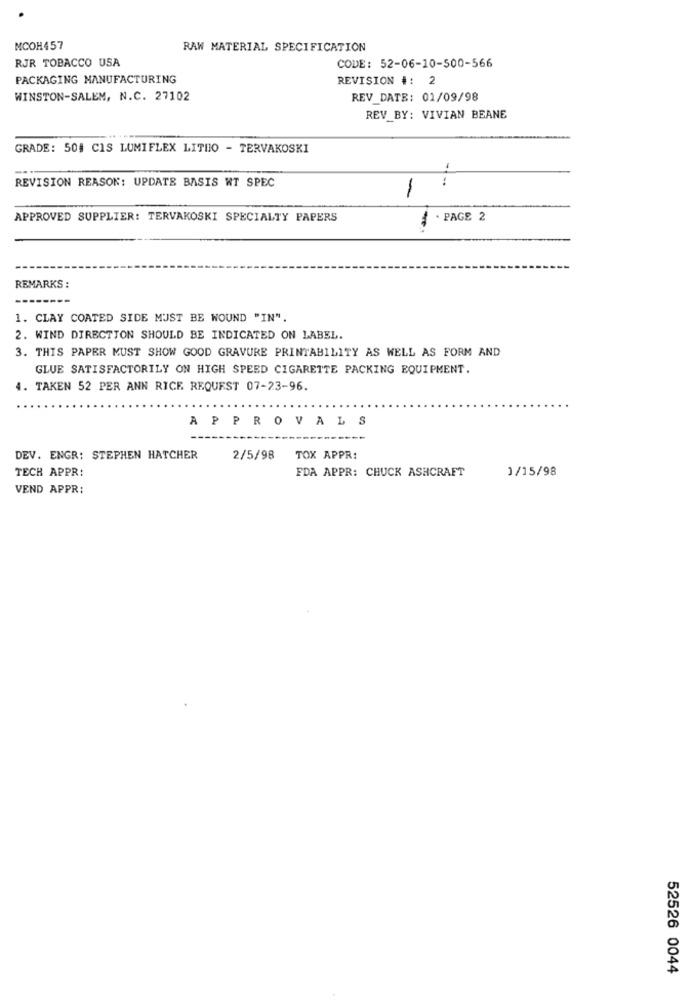
MCOH457
RAW MATERIAL SPECIFICATION
RJR TOBACCO USA
CODE: 52-06-10-500-566
PACKAGING MANUFACTURING
REVISION #: 2
WINSTON-SALEM, N.C. 27102
REV_DATE: 01/09/98
REV BY: VIVIAN BEANE
GRADE: 504 CIS LUMIFLEX LITHO - TERVAKOSKI
REVISION REASON: UPDATE BASIS WT SPEC
1
APPROVED SUPPLIER: TERVAKOSKI SPECIALTY PAPERS
. PAGE 2
REMARKS :
1. CLAY COATED SIDE MUST BE WOUND "IN".
2. WIND DIRECTION SHOULD BE INDICATED ON LABEL.
3. THIS PAPER MUST SHOW GOOD GRAVURE PRINTABILITY AS WELL AS FORM AND
GLUE SATISFACTORILY ON HIGH SPEED CIGARETTE PACKING EQUIPMENT.
4. TAKEN 52 PER ANN RICE REQUEST 07-23-96.
APPROVALS
DEV. ENGR: STEPHEN HATCHER
2/5/98
TOX APPR:
TECH APPR:
FDA APPR: CHUCK ASHCRAFT
1/15/98
VEND APPR;
52526 0044